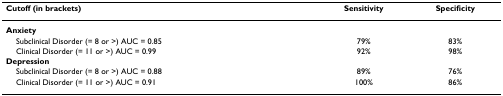
<table><thead><tr><td><b>Cutoff (in brackets)</b></td><td><b>Sensitivity</b></td><td><b>Specificity</b></td></tr></thead><tbody><tr><td><b>Anxiety</b></td><td></td><td></td></tr><tr><td> Subclinical Disorder (= 8 or &gt;) AUC = 0.85</td><td>79%</td><td>83%</td></tr><tr><td> Clinical Disorder (= 11 or &gt;) AUC = 0.99</td><td>92%</td><td>98%</td></tr><tr><td><b>Depression</b></td><td></td><td></td></tr><tr><td> Subclinical Disorder (= 8 or &gt;) AUC = 0.88</td><td>89%</td><td>76%</td></tr><tr><td> Clinical Disorder (= 11 or &gt;) AUC = 0.91</td><td>100%</td><td>86%</td></tr></tbody></table>